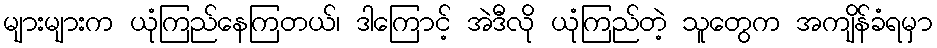
များများက ယုံကြည်နေကြတယ်၊ ဒါကြောင့် အဲဒီလို ယုံကြည်တဲ့ သူတွေက အကျိန်ခံရမှာ